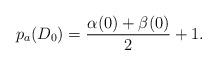
LaTeX: \begin{align*}p_a(D_0)=\frac{\alpha(0)+\beta(0)}{2}+1.\end{align*}